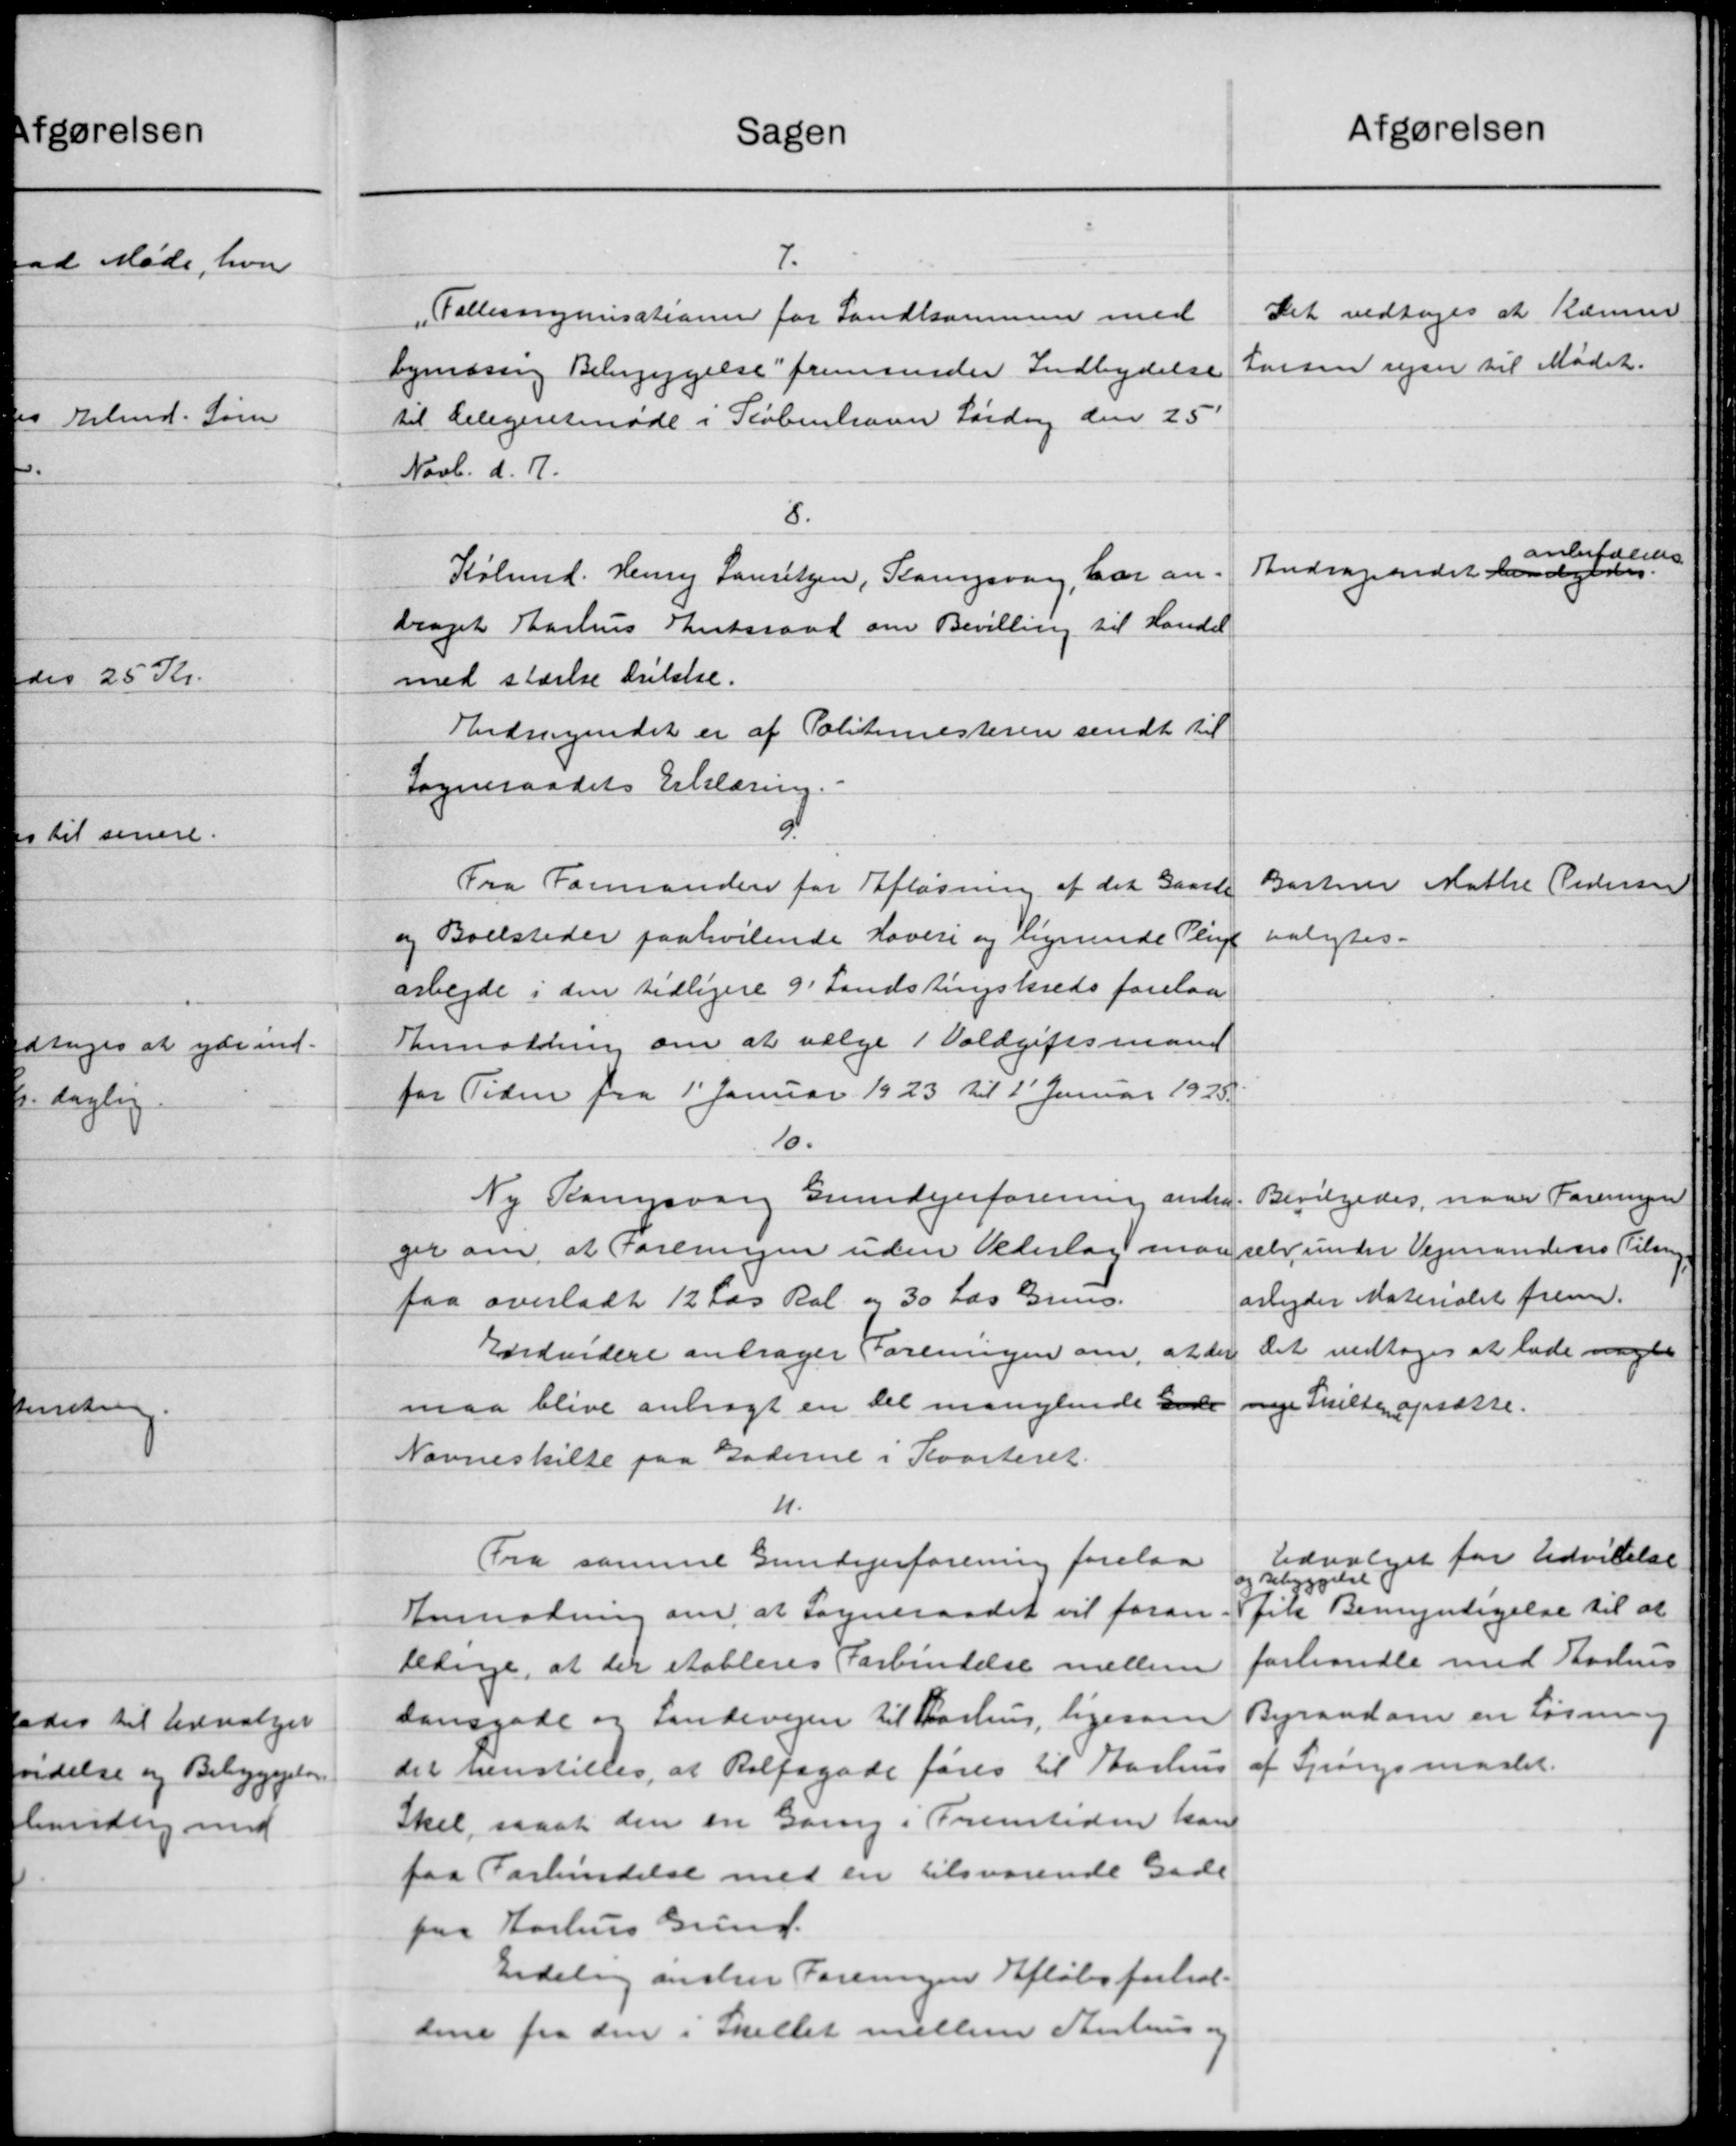
Transskription:
Sagen
7.
Fællesorganisationen for Landkommen med
bymæssig Bebyggelse fremsender Indbydelse
til Delegeretmøde i København Lørdag den 25
Novb. d. A.
8.
Købmd. Henry Lauritzen, Slangsvang, har an-
draget Aarhus Amtsraad om Bevilling til Handel
med stærke Drikke.
Andragendet er af Politimesteren sendt til
Sogneraadets Erklæring.
Fra Formanden for Afløsning af det Gaarde
og Boelsteder paahvilende Hovere og lignende Pligt
arbejde i den tidligere 9 Landstingskreds forelaa
Ranmodning om at vælge 1 Voldgiftsmand
for Tiden fra 1' Januar 1923 til 1' Januar 1925.
10.
Ny Ramsborg Grundejerforening anden
ger om at Foreningen uden Vederlag man
faa overladt 12 Læs Ral og 30 Læs Gruus.
Endvidere andrager Foreningen om, at der
maa blive anbragt en Del manglende Gade
Navneskille paa Gaderne i Kvarteret.
n.
Fra samme Gundejerforening forelaa
Anmodning om at Sogneraadet vil foran
bedrage, at der etableres Forbindelse mellem
dansgade og Lindevejen til Aarhus, ligesom
det henstilles, at Rolfsgade føres til Aarhus
Skel saaat den en Gang i Fremtiden kan
paa Forbindelse med en tilsvarende Gade
fra Aarhus Grund.
Endelig ønsker Foreningen Afløbsforhol-
dene fra den i Skellet mellem Aahus og